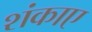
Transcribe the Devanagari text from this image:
शंकाए